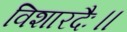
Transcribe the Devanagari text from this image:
विशारदैः॥